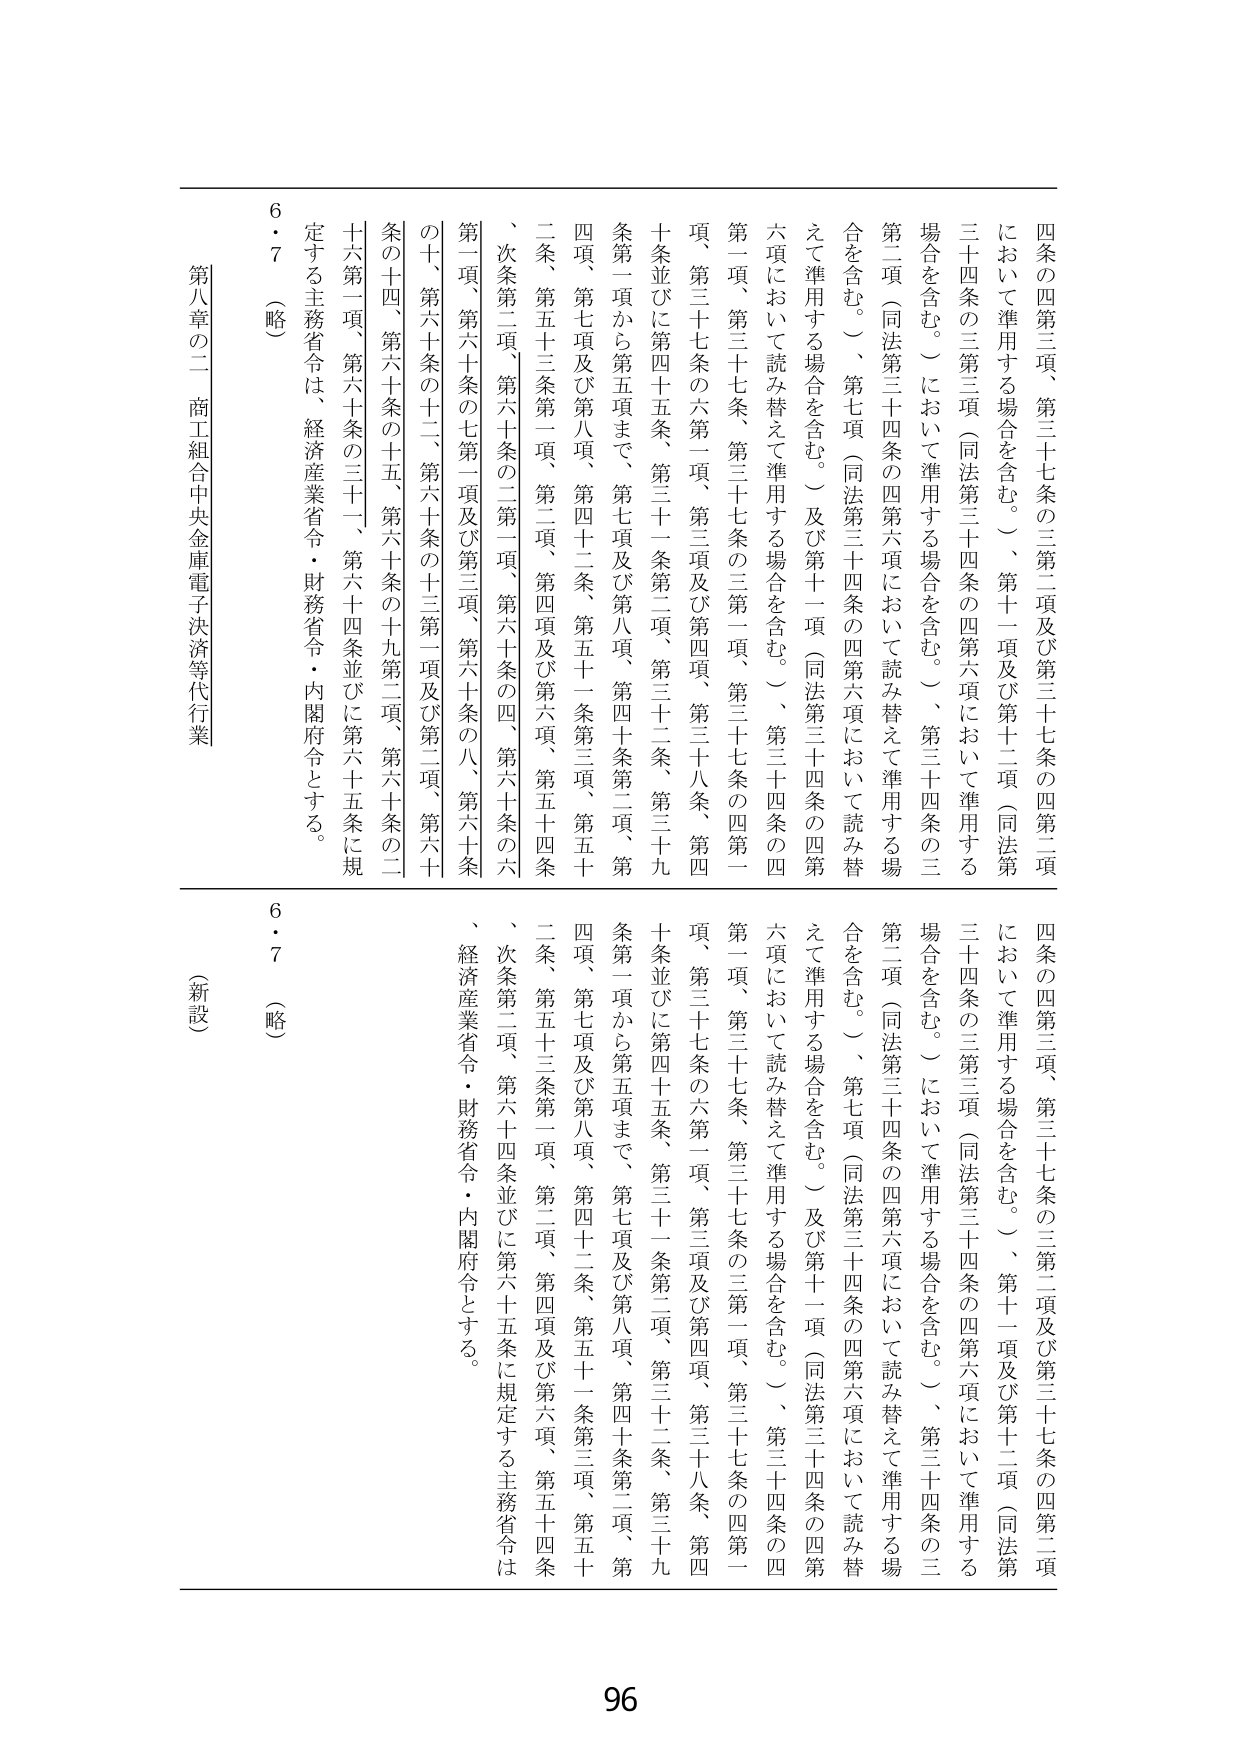
四条の四第三項、第三十七条の三第二項及び第三十七条の四第二項
において準用する場合を含む。）、第十一項及び第十二項（同法第三十四条の三第三項（同法第三十四条の四第六項において準用する場合を含む。）において準用する場合を含む。）、第三十四条の三第二項（同法第三十四条の四第六項において読み替えて準用する場合を含む。）、第七項（同法第三十四条の四第六項において読み替えて準用する場合を含む。）及び第十一項（同法第三十四条の四第六項において読み替えて準用する場合を含む。）、第三十四条の四第一項、第三十七条、第三十七条の三第一項、第三十七条の四第一項、第三十七条の六第一項、第三項及び第四項、第三十八条、第四十条並びに第四十五条、第三十一条第二項、第三十二条、第三十九条第一項から第五項まで、第七項及び第八項、第四十条第二項、第四項、第七項及び第八項、第四十二条、第五十一条第三項、第五十二条、第五十三条第一項、第二項、第四項及び第六項、第五十四条、次条第二項、第六十条の二第一項、第六十条の四、第六十条の六第一項、第六十条の七第一項及び第三項、第六十条の八、第六十条の十、第六十条の十二、第六十条の十三第一項及び第二項、第六十条の十四、第六十条の十五、第六十条の十九第二項、第六十条の二十六第一項、第六十条の三十一、第六十四条並びに第六十五条に規定する主務省令は、経済産業省令・財務省令・内閣府令とする。

6・7（略）

第八章の二 商工組合中央金庫電子決済等代行業

四条の四第三項、第三十七条の三第二項及び第三十七条の四第二項
において準用する場合を含む。）、第十一項及び第十二項（同法第三十四条の三第三項（同法第三十四条の四第六項において準用する場合を含む。）において準用する場合を含む。）、第三十四条の三第二項（同法第三十四条の四第六項において読み替えて準用する場合を含む。）、第七項（同法第三十四条の四第六項において読み替えて準用する場合を含む。）及び第十一項（同法第三十四条の四第六項において読み替えて準用する場合を含む。）、第三十四条の四第一項、第三十七条、第三十七条の三第一項、第三十七条の四第一項、第三十七条の六第一項、第三項及び第四項、第三十八条、第四十条並びに第四十五条、第三十一条第二項、第三十二条、第三十九条第一項から第五項まで、第七項及び第八項、第四十条第二項、第四項、第七項及び第八項、第四十二条、第五十一条第三項、第五十二条、第五十三条第一項、第二項、第四項及び第六項、第五十四条、次条第二項、第六十四条並びに第六十五条に規定する主務省令は、経済産業省令・財務省令・内閣府令とする。

6・7（略）

（新設）

96